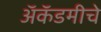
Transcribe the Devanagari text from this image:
अॅकॅडमीचे